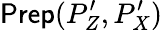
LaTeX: \textsf{Prep}(P_{Z}^{\prime},P_{X}^{\prime})